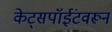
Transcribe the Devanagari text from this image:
केट्सपॉईंटवरून